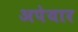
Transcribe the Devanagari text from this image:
अपेयार